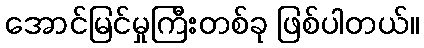
အောင်မြင်မှုကြီးတစ်ခု ဖြစ်ပါတယ်။